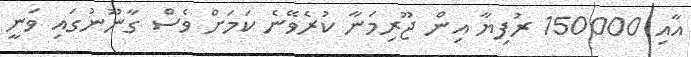
އާއި 150000 ރުފިޔާ އިން ޖޫރިމަނާ ކުރެވޭނެ ކަމަށް ވެސް ގާނޫނުގައި ވަނީ